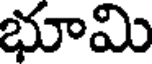
భూమి